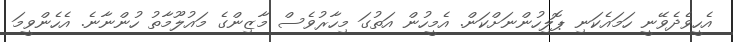
އެހީވެދެވޭނީ ހަމައެކަނި ޕޮލިހުންނަށްކަން. އެމީހުން އަތުގަ މިހާރުވެސް މާޒިންގެ މައުލޫމާތު ހުންނާނެ. އެހެންވީމަ